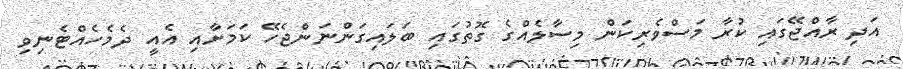
އަދި ރާއްޖޭގައި ކުރާ މަސްވެރިކަން މިސާލެއްގެ ގޮތުގައި ބަލައިގަންނަންޖެހޭ ކަމަށާއި އެއީ ދެމެހެއްޓެނިވި